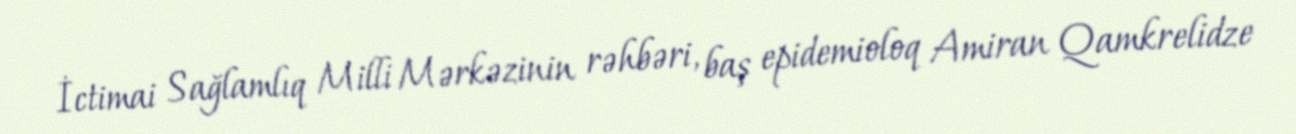
İctimai Sağlamlıq Milli Mərkəzinin rəhbəri, baş epidemioloq Amiran Qamkrelidze